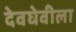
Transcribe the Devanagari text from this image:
देवघेवीला